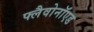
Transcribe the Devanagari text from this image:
फ्लैवोनॉएड